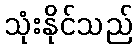
သုံးနိုင်သည်